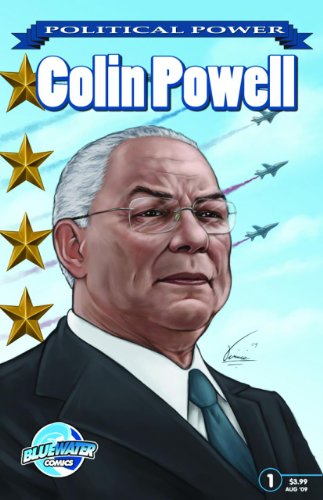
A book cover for Political Power: Colin Powell; Wey-Yuih Loh; Children's Books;